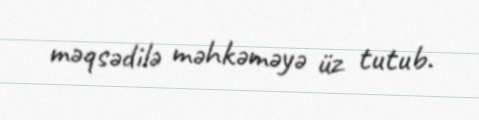
məqsədilə məhkəməyə üz tutub.